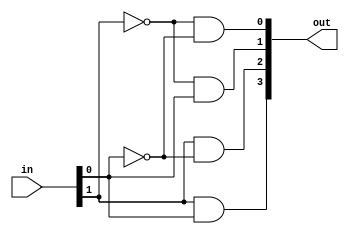
module decoder_2to4 (output [3:0] out, input [1:0] in);

	assign out[0] = (!in[1]) && (!in[0]);
	assign out[1] = (!in[1]) && (in[0]);
	assign out[2] = (in[1]) && (!in[0]);
	assign out[3] = (in[1]) && (in[0]);

endmodule